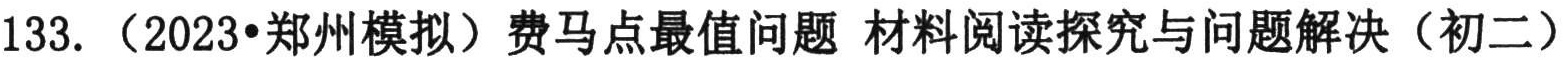
133.（2023•郑州模拟）费马点最值问题 材料阅读探究与问题解决（初二）